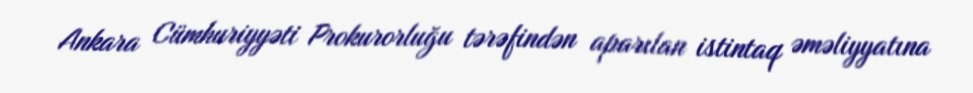
Ankara Cümhuriyyəti Prokurorluğu tərəfindən aparılan istintaq əməliyyatına